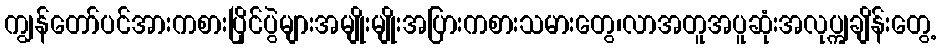
ကျွန်တော်ပင်အားကစားပြိုင်ပွဲများအမျိုးမျိုးအပြားကစားသမားတွေ၊လာအတူအပူဆုံးအလုပ္ကျချိန်းတွေ့